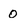
Character: 0